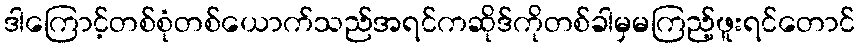
ဒါကြောင့်တစ်စုံတစ်ယောက်သည်အရင်ကဆိုဒ်ကိုတစ်ခါမှမကြည့်ဖူးရင်တောင်